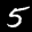
Label: 5